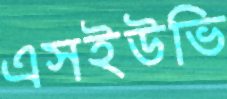
এসইউভি